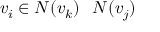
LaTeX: v _ { i } \in N ( v _ { k } ) \setminus N ( v _ { j } )